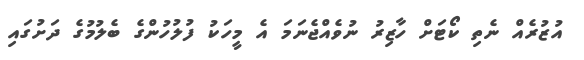
އުޒުރެއް ނެތި ކޯޓަށް ހާޒިރު ނުވެއްޖެނަމަ އެ މީހަކު ފުލުހުންގެ ބެލުމުގެ ދަށުގައި